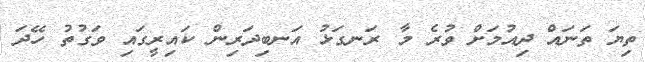
ތިޔަ ތަނައް ދިއުމަށް ވުރެ މާ ރަނގަޅު އަނބިދަރިން ކައިރީގައި ވަގުތު ހޭދަ